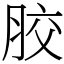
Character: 胶